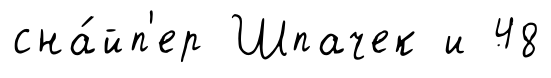
сна́йп'ер Шпачек и 48